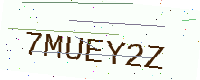
Text: 7MUEY2Z